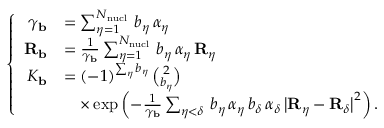
\left\lbrace \begin{array} { r l } { \gamma _ { \mathbf { b } } } & { = \sum _ { \eta = 1 } ^ { N _ { \mathrm { n u c l } } } \, b _ { \eta } \, \alpha _ { \eta } } \\ { { \mathbf { R } _ { \mathbf { b } } } } & { = \frac { 1 } { \gamma _ { \mathbf { b } } } \sum _ { \eta = 1 } ^ { N _ { \mathrm { n u c l } } } \, b _ { \eta } \, \alpha _ { \eta } \, { \mathbf { R } _ { \eta } } } \\ { K _ { \mathbf { b } } } & { = ( - 1 ) ^ { \sum _ { \eta } b _ { \eta } } \, { \binom { 2 } { b _ { \eta } } } } \\ & { \phantom { = } \times \exp \left( - \frac { 1 } { \gamma _ { \mathbf { b } } } \sum _ { \eta < \delta } \, b _ { \eta } \, \alpha _ { \eta } \, b _ { \delta } \, \alpha _ { \delta } \, \big | { \mathbf { R } _ { \eta } } - { \mathbf { R } _ { \delta } } \big | ^ { 2 } \right) \mathrm { . } } \end{array} \right.